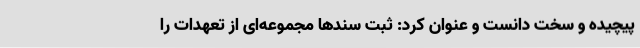
پیچیده‌ و سخت دانست و عنوان کرد: ثبت سندها مجموعه‌ای از تعهدات را